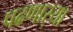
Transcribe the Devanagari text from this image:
पढणार्‍या